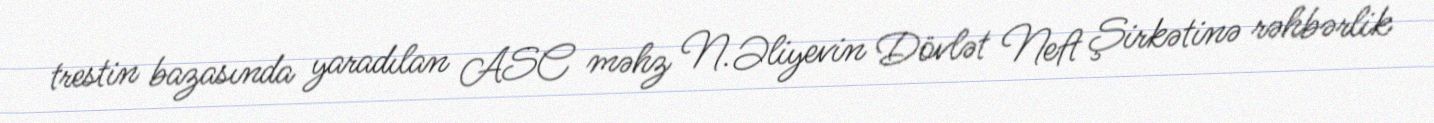
trestin bazasında yaradılan ASC məhz N.Əliyevin Dövlət Neft Şirkətinə rəhbərlik